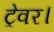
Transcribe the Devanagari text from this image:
ट्रेवर।